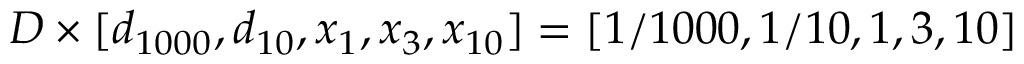
D \times [ d _ { 1 0 0 0 } , d _ { 1 0 } , x _ { 1 } , x _ { 3 } , x _ { 1 0 } ] = [ 1 / 1 0 0 0 , 1 / 1 0 , 1 , 3 , 1 0 ]